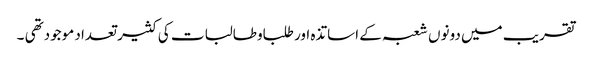
تقریب میں دونوں شعبہ کے اساتذہ اور طلباوطالبات کی کثیر تعداد موجودتھی ۔